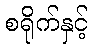
စရိုက်နှင့်